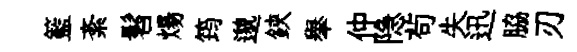
籃紊髫煬筠邈鋏𦦙仲隐茍失迅脇刃